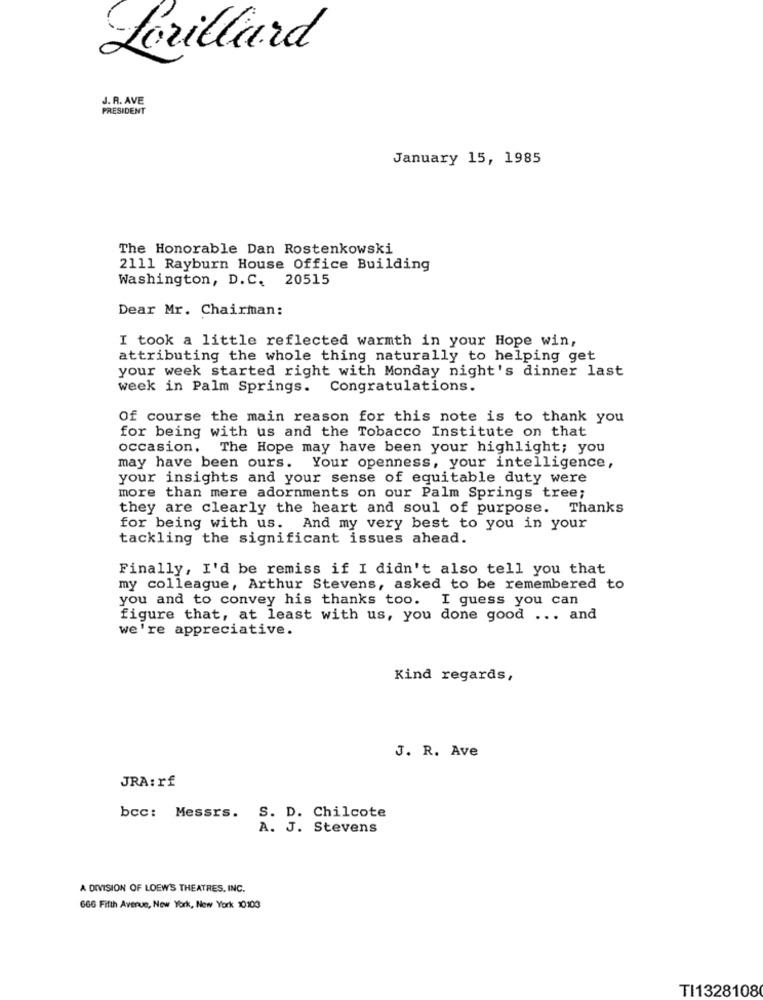
Lorillard
J. R. AVE
PRESIDENT
January 15, 1985
The Honorable Dan Rostenkowski
2111 Rayburn House Office Building
Washington, D.C. 20515
Dear Mr. Chairman:
I took a little reflected warmth in your Hope win,
attributing the whole thing naturally to helping get
your week started right with Monday night's dinner last
week in Palm Springs. Congratulations.
Of course the main reason for this note is to thank you
for being with us and the Tobacco Institute on that
occasion.
The Hope may have been your highlight; you
may have been ours. Your openness, your intelligence,
your insights and your sense of equitable duty were
more than mere adornments on our Palm Springs tree;
they are clearly the heart and soul of purpose. Thanks
for being with us. And my very best to you in your
tackling the significant issues ahead.
Finally, I'd be remiss if I didn't also tell you that
my colleague, Arthur Stevens, asked to be remembered to
you and to convey his thanks too. I guess you can
figure that, at least with us, you done good ... and
we're appreciative.
Kind regards,
J. R. Ave
JRA: rf
bcc: Messrs. S. D. Chilcote
A. J. Stevens
A DIVISION OF LOEW'S THEATRES, INC.
666 Fifth Avenue, New York, New York 10103
TI1328108